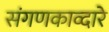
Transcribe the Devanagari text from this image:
संगणकाव्दारे